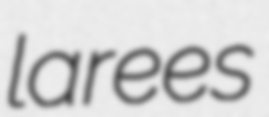
larees